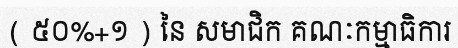
( ៥០%+១ ) នៃ សមាជិក គណៈកម្មាធិការ